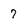
Character: 7